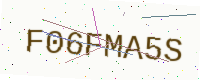
Text: F06FMA5S